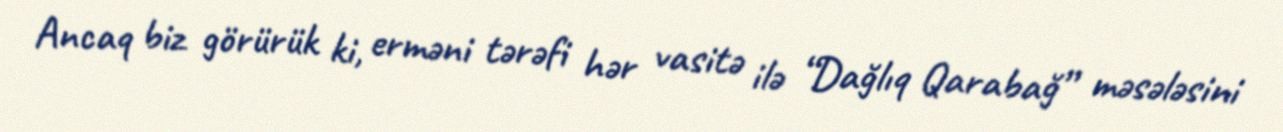
Ancaq biz görürük ki, erməni tərəfi hər vasitə ilə “Dağlıq Qarabağ” məsələsini